Civil Veterinary Dept. Bombay admin report 1900-1906 - 1900-1906
Year: 1900
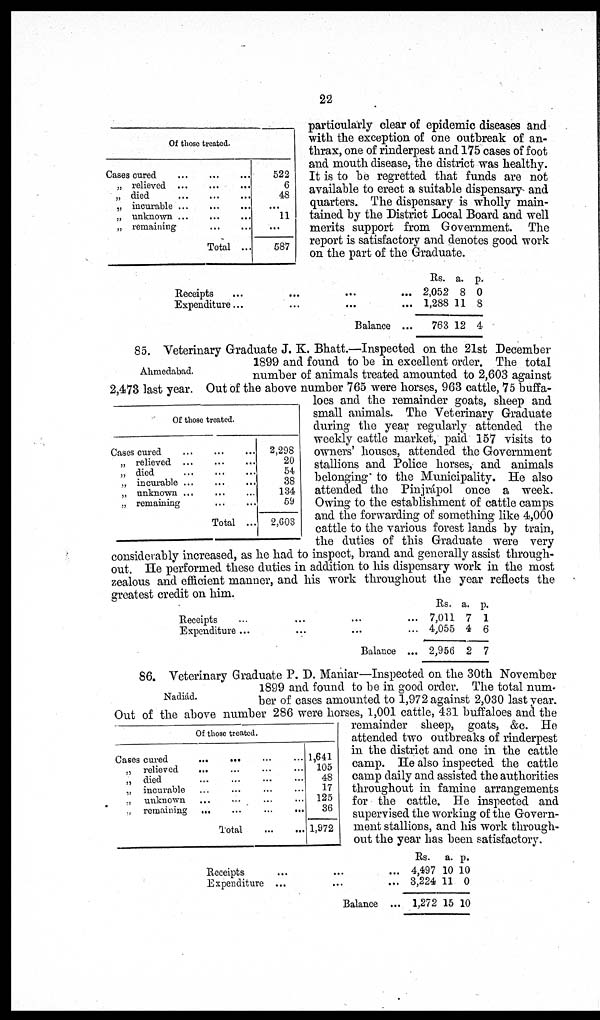
22
Of those treated.
Cases cured ... ... ...
„ relieved ... ... ...
„ died
...
...
...
„ incurable ... ... ...
„ unknown ... ... ...
„ remaining ... ... ...
Total ...
522
6
48
...
11
...
587
particularly clear of epidemic diseases and
with the exception of one outbreak of an-
thrax, one of rinderpest and 175 cases of foot
and mouth disease, the district was healthy.
It is to be regretted that funds are not
available to erect a suitable dispensary and
quarters. The dispensary is wholly main-
tained by the District Local Board and well
merits support from Government. The
report is satisfactory and denotes good work
on the part of the Graduate.
Receipts ... ... ... ...
Expenditure... ... ... ...
Balance ...
Rs.
2,052
1,288
763
a.
8
11
12
p.
0
8
4
Ahmedabad.
Of those treated.
Cases cured
„ relieved ... ... ...
„ died
...
...
...
„ incurable ... ... ...
„ unknown ... ... ...
„ remaining ... ...
Total ...
2,298
20
54
38
134
59
2,603
85. Veterinary Graduate J. K. Bhatt.—Inspected on the 21st December
1899 and found to be in excellent order. The total
number of animals treated amounted to 2,603 against
2,473 last year. Out of the above number 765 were horses, 963 cattle, 75 buffa-
loes and the remainder goats, sheep and
small animals. The Veterinary Graduate
during the year regularly attended the
weekly cattle market, paid 157 visits to
owners' houses, attended the Government
stallions and Police horses, and animals
belonging to the Municipality. He also
attended the Pinjrápol once a week.
Owing to the establishment of cattle camps
and the forwarding of something like 4,000
cattle to the various forest lands by train,
the duties of this Graduate were very
considerably increased, as he had to inspect, brand and generally assist through-
out. He performed these duties in addition to his dispensary work in the most
zealous and efficient manner, and his work throughout the year reflects the
greatest credit on him.
Receipts
Expenditure ...
Balance ...
Rs.
7,011
4,055
2,956
a.
7
4
2
p.
1
6
7
Nadiád.
Of those treated.
Cases cured ... ... ... ...
„ relieved ... ... ... ...
„ died ... ... ... ...
„ incurable ... ... ... ...
„ unknown ... ... ... ...
„ remaining ... ... ... ...
Total ... ...
1,641
105
48
17
125
36
1,972
86. Veterinary Graduate P. D. Maniar—Inspected on the 30th November
1899 and found to be in good order. The total num-
ber of cases amounted to 1,972 against 2,030 last year.
Out of the above number 286 were horses, 1,001 cattle, 431 buffaloes and the
remainder sheep, goats, &c. He
attended two outbreaks of rinderpest
in the district and one in the cattle
camp. He also inspected the cattle
camp daily and assisted the authorities
throughout in famine arrangements
for the cattle. He inspected and
supervised the working of the Govern-
ment stallions, and his work through-
out the year has been satisfactory.
Receipts ... ... ...
Expenditure ... ... ...
Balance ... ... ...
Rs.
4,497
3,224
1,272
a.
10
11
15
p.
10
0
10